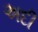
અદી